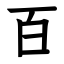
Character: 百